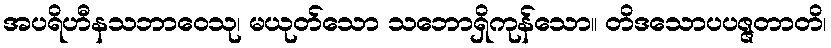
အပရိဟီနသဘာဝေသု၊ မယုတ်သော သဘောရှိကုန်သော။ တိဒသောပပဇ္ဇတာတိ၊